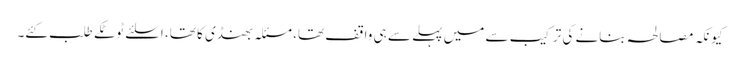
کیونکہ مصالحہ بنانے کی ترکیب سے میں پہلے سے ہی واقف تھا، مسئلہ بھنڈی کا تھا، اسلئے ٹوٹکے طلب کئے۔